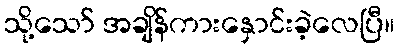
သို့သော် အချိန်ကားနှောင်းခဲ့လေပြီ။